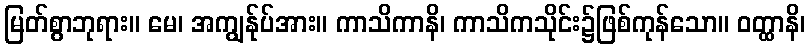
မြတ်စွာဘုရား။ မေ၊ အကျွန်ုပ်အား။ ကာသိကာနိ၊ ကာသိကသိုင်း၌ဖြစ်ကုန်သော။ ဝတ္ထာနိ၊